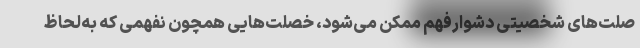
صلت‌های شخصیتیِ دشوارفهم ممکن می‌شود، خصلت‌هایی همچون نفهمی که به‌لحاظ